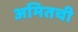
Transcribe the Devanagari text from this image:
अमितची